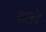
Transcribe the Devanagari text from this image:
बालंद